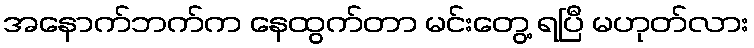
အနောက်ဘက်က နေထွက်တာ မင်းတွေ့ ရပြီ မဟုတ်လား